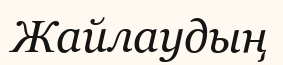
Жайлаудың